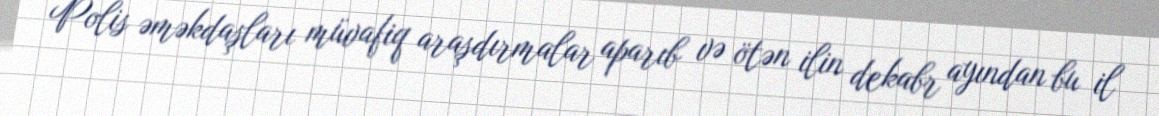
Polis əməkdaşları müvafiq araşdırmalar aparıb və ötən ilin dekabr ayından bu il